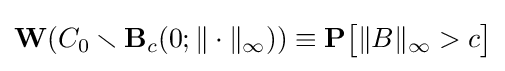
\mathbf {W} (C_{0}\smallsetminus \mathbf {B} _{c}(0;\|\cdot \|_{\infty }))\equiv \mathbf {P} {\big [}\|B\|_{\infty }>c{\big ]}